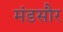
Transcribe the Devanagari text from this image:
मंडसौर